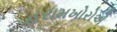
હરામખોરોએ